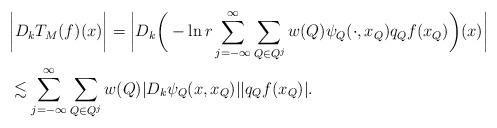
LaTeX: \begin{align*} &\bigg|D_kT_M(f)(x)\bigg|=\bigg|D_k\bigg(-\ln r\sum\limits_{j=-\infty}^\infty\sum\limits_{Q\in Q^j}w(Q) \psi_{Q}(\cdot,x_{Q})q_{Q}f(x_{Q})\bigg)(x)\bigg|\\ &\lesssim\sum\limits_{j=-\infty}^\infty\sum\limits_{Q\in Q^j}w(Q)|D_k \psi_{Q}(x,x_{Q})| |q_{Q}f(x_{Q})|. \end{align*}